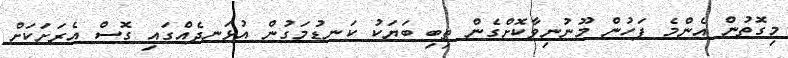
މިގޮތުން އެންމެ ފަހުން މޫނުނިވާކޮށްގެން ތިބި ބަޔަކު ކަނޑުމަގުން އުޅަނދެއްގައި ގޮސް އެރަށަކަށް